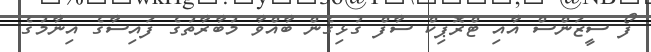
ފޯ ސީޒަންސް އާއި ޓްރޮޕިކް ސާފް ގުޅިގެން ބާއްވާ މުބާރާތުގެ ފައިސާގެ އިނާމުގެ